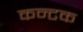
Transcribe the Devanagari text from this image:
कन्टक